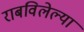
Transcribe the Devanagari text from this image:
राबविलेल्या